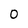
Character: 0